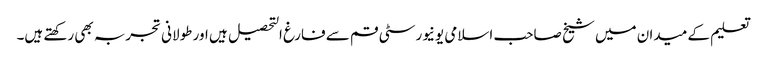
تعلیم کے میدان میں شیخ صاحب اسلامی یونیورسٹی قم سے فارغ التحصیل ہیں اور طولانی تجربہ بھی رکھتے ہیں۔